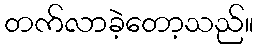
တက်လာခဲ့တော့သည်။